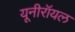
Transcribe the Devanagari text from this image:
यूनीरॉयल